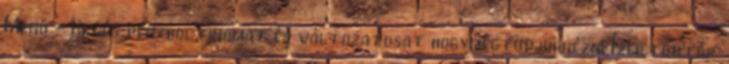
Menü - Kevés pénzbol finomat és változatosat hogymegtudjuknézni Ízek.torták.